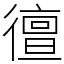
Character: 㣶